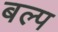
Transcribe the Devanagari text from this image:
बल्प